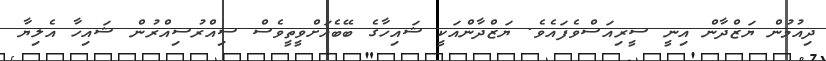
ދިއުމުން ޔަޒްދާން އިނީ ސީރިއަސްވެފައެވެ. ޔަޒްދާންއަކީ ޝައިހާގެ ބޭބެއަށްވީތީވެސް ސިއްރުސިއްރުން ޝައިހާ އެލިޔާ